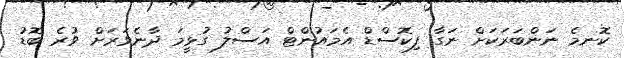
ކޮނމެ ނަންބަރަކަށް ނަގާ ފިކޮސްޑް އެމައުންޓް އަސްލު ގުޅީމަ ދާނެވަރަށް ވުރެ ބޮޑު